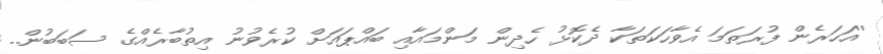
''އަހަރެން ފުރަތަމަ އެވާހަކަތަކާ ދެކޮޅު ހެދިން މަންމައާއި ބައްޕައަށް ކުރެވުނު އިތުބާރެއްގެ ސަބަބުން..